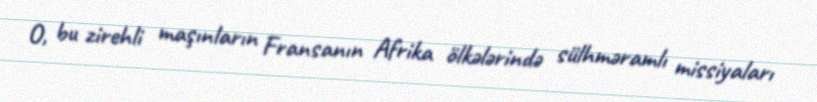
O, bu zirehli maşınların Fransanın Afrika ölkələrində sülhməramlı missiyaları